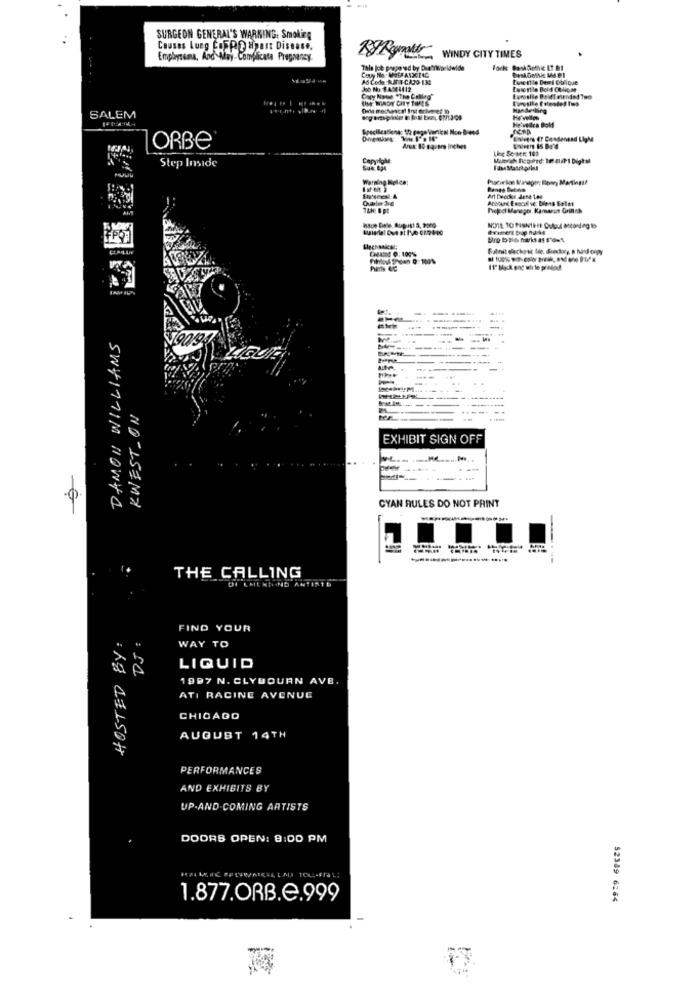
SURGEON GENERAL'S WARKING: Smoking
Causes Lung Co5DO apart Disease.
Emphysema, And May- Complicata Pregnancy
By Regrett WINDY CITY TIMES
Tale job prepared by DratiWorldwide
Eusertle Demi Oblique
Joo No: $4944412
Lasortie Bold COllcM
Gary None "The Colleg"
Eurosile BoldEelended Two
Dile mechanical Irst driveret 10
SALEM
He'velica Bold
He'velles
Specilesfenac tio page Vertical Non Breed
ORBE
Line Se-sen: 100
Step Inside
Capyalol
Warning Nel ce:
Account Enocul ve: Dipts Salat
TAN: 0 pt
Project Manager, Kamerun Grillnh
Submit dachpsic Me, diectory, s hard orgy
11" black and white printed
DAMON WILLIAMS
-----
KWESTION
EXHIBIT SIGN OFF
CYAN RULES DO NOT PRINT
-..
------------.
THE CALLING
DI LMENTUND ANTIATE
DJ :
FIND YOUR
WAY TO
LIQUID
1997 N. CLYBOURN AVE.
ATI RACINE AVENUE
CHICAGO
AUGUST 14TH
: Kg CEL.50H
PERFORMANCES
AND EXHIBITS BY
UP-AND-COMING ARTISTS
DOORS OPEN: 8:00 PM
1.877.ORB.e.999
52389 6264